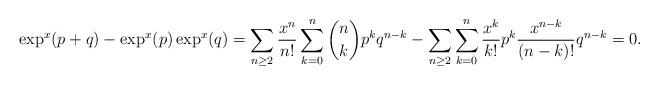
LaTeX: \begin{align*}\exp^x(p+q)-\exp^x(p)\exp^x(q)=\sum_{n \geq 2}\frac{x^n}{n!}\sum_{k=0}^n{n \choose k}p^kq^{n-k}-\sum_{n \geq 2}\sum_{k=0}^n\frac{x^k}{k!}p^k\frac{x^{n-k}}{(n-k)!}q^{n-k}=0.\end{align*}